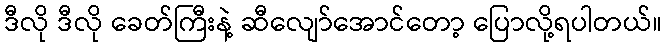
ဒီလို ဒီလို ခေတ်ကြီးနဲ့ ဆီလျော်အောင်တော့ ပြောလို့ရပါတယ်။